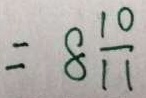
= 8 \frac { 1 0 } { 1 1 }